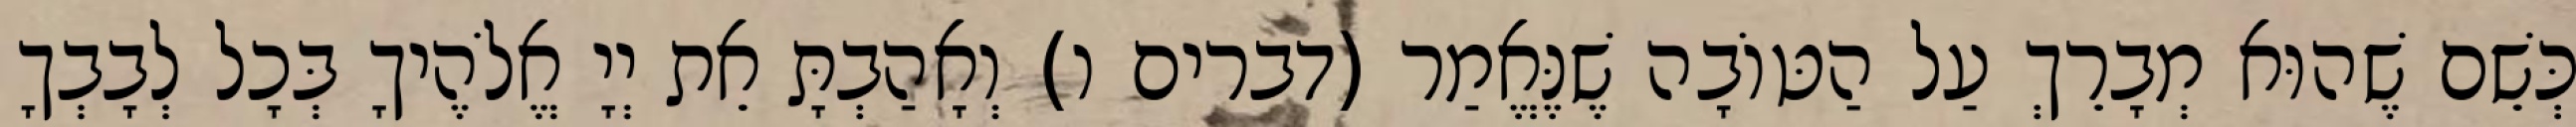
כְּשֵׁם שֶׁהוּא מְבָרֵךְ עַל הַטּוֹבָה שֶׁנֶּאֱמַר (דברים ו) וְאָהַבְתָּ אֵת יְיָ אֱלֹהֶיךָ בְּכָל לְבָבְךָ